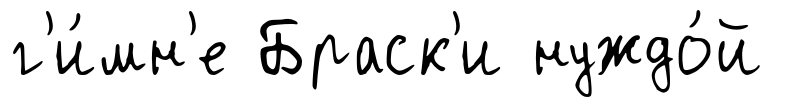
г'и́мн'е Браск'и нуждо́й